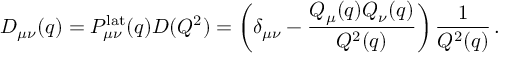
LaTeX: D _ { \mu \nu } ( q ) = P _ { \mu \nu } ^ { \mathrm { l a t } } ( q ) D ( Q ^ { 2 } ) = \left( \delta _ { \mu \nu } - \frac { Q _ { \mu } ( q ) Q _ { \nu } ( q ) } { Q ^ { 2 } ( q ) } \right) \frac { 1 } { Q ^ { 2 } ( q ) } \, .